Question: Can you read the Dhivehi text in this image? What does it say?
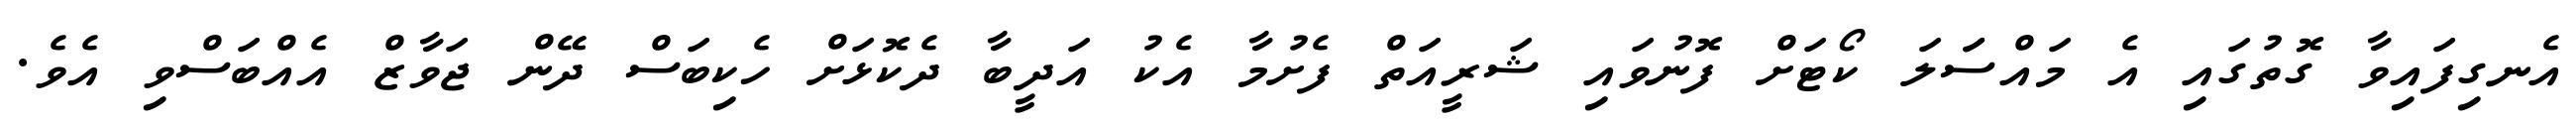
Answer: އެނގިފައިވާ ގޮތުގައި އެ މައްސަަލަ ކޯޓަށް ފޮނުވައި ޝަރީއަތް ފެށުމާ އެކު އަދީބާ ދެކޮޅަށް ހެކިބަސް ދޭން ޖަވާޒް އެއްބަސްވި އެވެ.